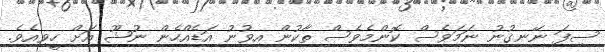
ސިފަ ނޭނގުނު ނަމަވެސް ކޮންމެވެސް ތާކުން އިވުނު އަޑެއްހެން ނުޝޫ އަށް ހީވިއެވެ.